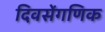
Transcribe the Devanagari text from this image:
दिवसेंगणिक